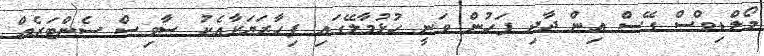
މޯލްޑިވްސް ގޭސް އިން ދާދި ފަހުން ވަނީ ހުޅުމާލޭގައި ފިހާރަޔަކާއެކު ސާވިސް ސެންޓަރެއް